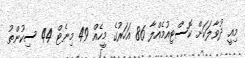
މިއީ ދުވާލަކަށް ކޮސްޓިއުމެއްލާ 86 އަހަރުގެ މީހެއް 49 މިނެޓް 44 ސިކުންތު